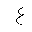
Letter: _ayn